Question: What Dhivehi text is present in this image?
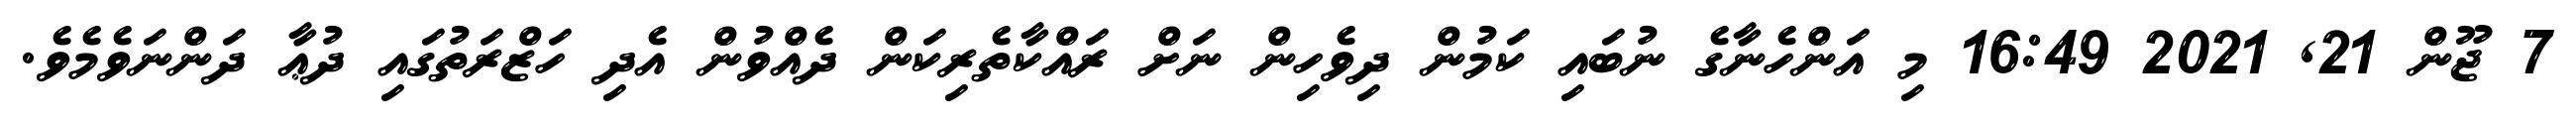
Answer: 7 ޖޫން 21, 2021 16:49 މި އަންހެނާގެ ނުބައި ކަމުން ދިވެހިން ނަށް ރައްކާތެރިކަން ދެއްވުން އެދި ހަޒްރަތުގައި ދުޢާ ދަންނަވެމެވެ.